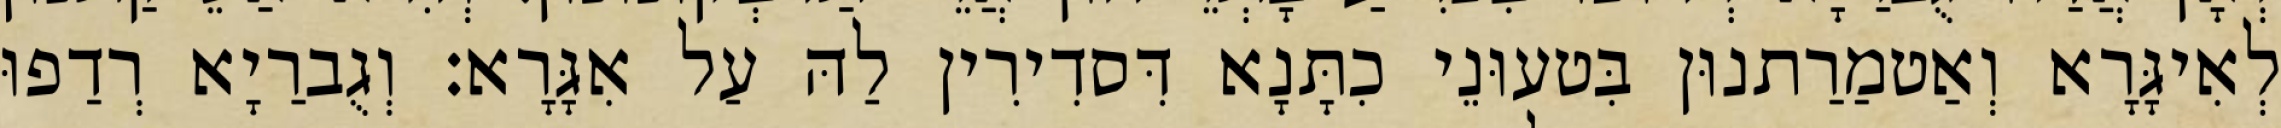
לְאִיגָּרָא וְאַטמַרַתנוּן בִּטעוּנֵי כִתָּנָא דִּסדִירִין לַהּ עַל אִגָּרָא׃ וְגֻברַיָא רְדַפוּ